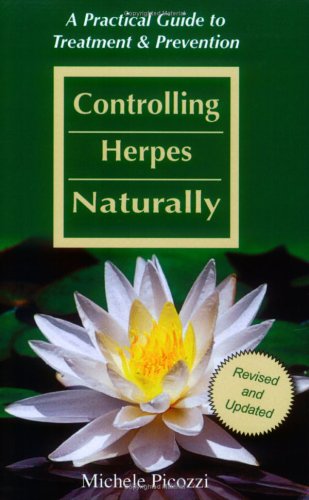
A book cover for Controlling Herpes Naturally: A Practical Guide to Treatment & Prevention; Michele Picozzi; Health, Fitness & Dieting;